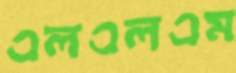
এলএলএম